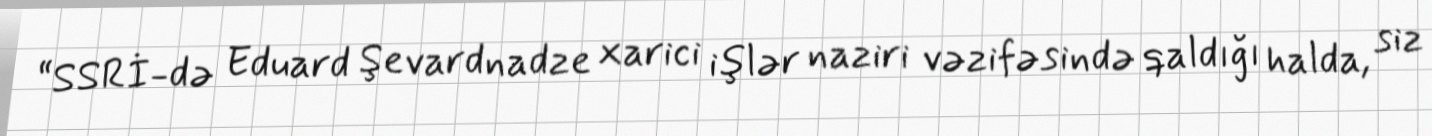
“SSRİ-də Eduard Şevardnadze xarici işlər naziri vəzifəsində qaldığı halda, siz